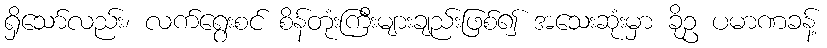
ရှိသော်လည်း၊ လက်ရွေးစင် စိန်တုံးကြီးများချည်းဖြစ်၍ အသေးဆုံးမှာ ခိုဥ ပမာဏခန့်